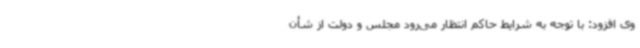
وی افزود: با توجه به شرایط حاکم انتظار می‌رود مجلس و دولت از شأن